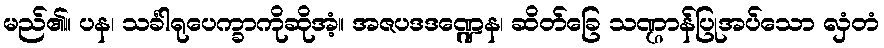
မည်၏။ ပန၊ သင်္ခါရုပေက္ခာကိုဆိုအံ့။ အဇပဒဒဏ္ဍေန၊ ဆိတ်ခြေ သဏ္ဌာန်ပြုအပ်သော လှံတံ